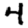
Digit: 4